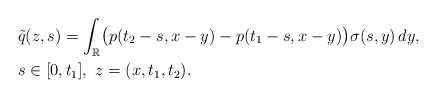
\begin{align*}&\tilde{q}(z,s)=\int_{\mathbb R} \bigl({p}(t_2-s,x-y)-{p}(t_1-s, x-y) \bigr)\sigma(s, y)\,dy,\\&s\in[0,t_1],\ z=(x,t_1,t_2).\end{align*}